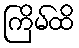
ကြိမ်ထိ